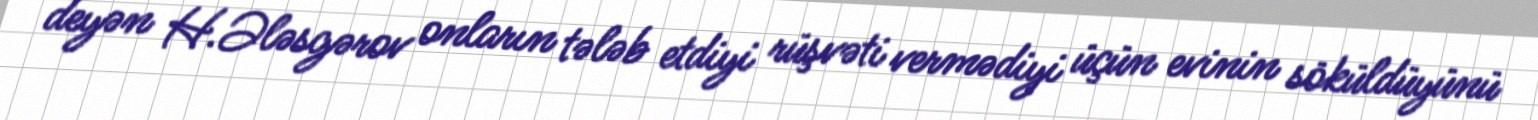
deyən H.Ələsgərov onların tələb etdiyi rüşvəti vermədiyi üçün evinin söküldüyünü